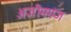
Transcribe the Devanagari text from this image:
अज़ीमगंज